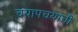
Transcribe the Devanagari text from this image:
चयापचयाची